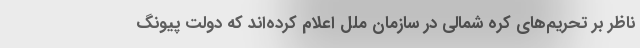
ناظر بر تحریم‌های کره شمالی در سازمان ملل اعلام کرده‌اند که دولت پیونگ